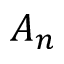
A _ { n }